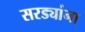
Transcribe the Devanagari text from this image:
सरड्यांना